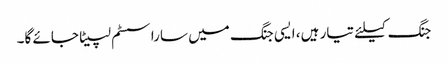
جنگ کیلئے تیار ہیں، ایسی جنگ میں سارا سسٹم لپیٹا جائے گا۔